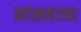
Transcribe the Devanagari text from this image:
मांसमज्जा